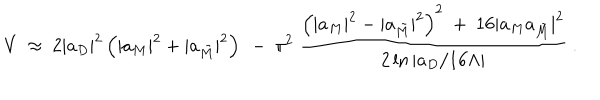
LaTeX: V \ \approx \ 2 | a _ { D } | ^ { 2 } \left( | a _ { M } | ^ { 2 } + | a _ { \tilde { M } } | ^ { 2 } \right) \ - \ \pi ^ { 2 } \ { \frac { \left( | a _ { M } | ^ { 2 } - | a _ { \tilde { M } } | ^ { 2 } \right) ^ { 2 } \ + \ 1 6 | a _ { M } a _ { \tilde { M } } | ^ { 2 } } { 2 \ln { | a _ { D } / 1 6 \Lambda | } } } \ .